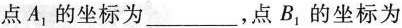
点A_{1}，的坐标为___，点B_{1}，的坐标为